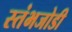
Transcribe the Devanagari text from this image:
स्तंभजोडी